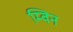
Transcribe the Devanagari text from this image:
म्विन